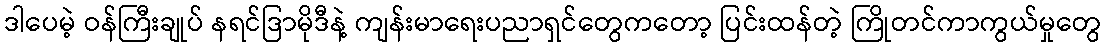
ဒါပေမဲ့ ဝန်ကြီးချုပ် နရင်ဒြာမိုဒီနဲ့ ကျန်းမာရေးပညာရှင်တွေကတော့ ပြင်းထန်တဲ့ ကြိုတင်ကာကွယ်မှုတွေ